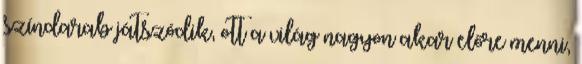
színdarab játszódik, ott a világ nagyon akar előre menni,